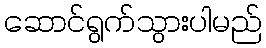
ဆောင်ရွက်သွားပါမည်